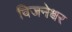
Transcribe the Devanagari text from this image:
विजनेश्वर